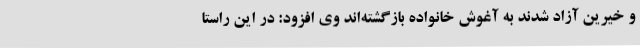
و خیرین آزاد شدند به آغوش خانواده بازگشته‌اند وی افزود: در این راستا